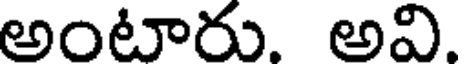
అంటారు. అవి.